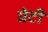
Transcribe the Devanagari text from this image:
ग्रेटी